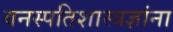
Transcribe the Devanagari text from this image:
वनस्पतिशास्त्रज्ञांना